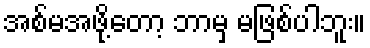
အစ်မအဖို့တော့ ဘာမှ မဖြစ်ပါဘူး။